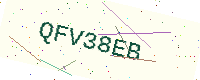
Text: QFV38EB